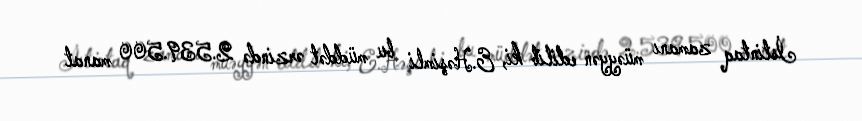
İstintaq zamanı müəyyən edilib ki, E.Həşimli bu müddət ərzində 2.539.500 manat